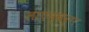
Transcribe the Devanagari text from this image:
लाएन्बर्ग